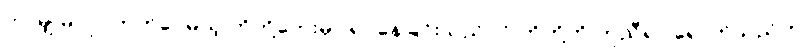
ဘာမျှ မလုပ်တတ်ပေမယ့် ကိုကို့ဘေးမှာ ရပ်နေခြင်းသည်ပင် ကိုကို့ကို ကူညီရာ ရောက်သည်ဟု